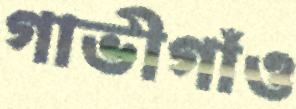
গাভীগাঁও